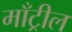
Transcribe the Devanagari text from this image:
माँट्रील